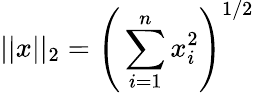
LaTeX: \vert\vert x\vert\vert_{2}=\Bigg(\sum_{i=1}^{n}x_{i}^{2}\Bigg)^{1/2}